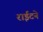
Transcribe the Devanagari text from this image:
राईटने